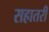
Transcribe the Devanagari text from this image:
सहातरी